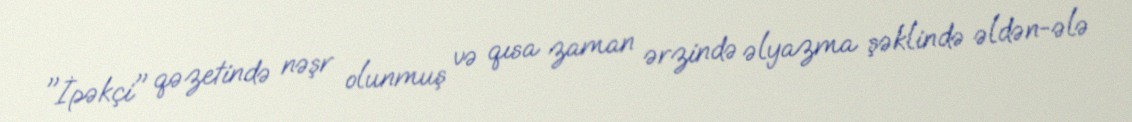
"İpəkçi" qəzetində nəşr olunmuş və qısa zaman ərzində əlyazma şəklində əldən-ələ